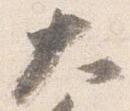
大